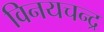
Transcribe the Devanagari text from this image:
विनयचन्द्र